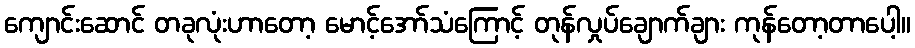
ကျောင်းဆောင် တခုလုံးဟာတော့ မောင့်အော်သံကြောင့် တုန်လှုပ်ချောက်ချား ကုန်တော့တာပေါ့။